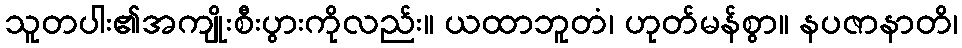
သူတပါး၏အကျိုးစီးပွားကိုလည်း။ ယထာဘူတံ၊ ဟုတ်မန်စွာ။ နပဇာနာတိ၊